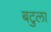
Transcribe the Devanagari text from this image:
बटुला